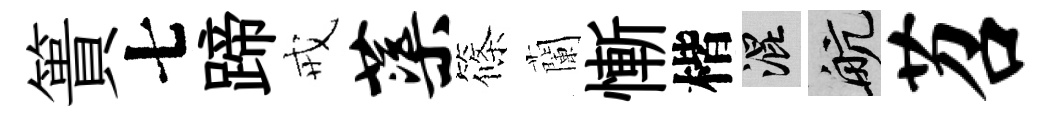
簣七蹄戒蕖篠蘭慚楷混航苕